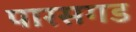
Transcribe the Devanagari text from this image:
पारसगड